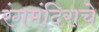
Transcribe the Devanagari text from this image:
रंगमंदिराचे